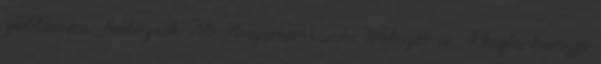
zseblámpa, hálózsák stb. Visszamentünk. Többször is. A kajla hangja